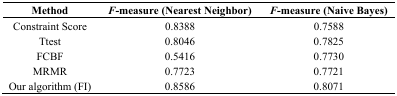
| Method | F-measure (Nearest Neighbor) | F-measure (Naive Bayes) |
 | --- | --- | --- |
 | Constraint Score | 0.8388 | 0.7588 |
 | Ttest | 0.8046 | 0.7825 |
 | FCBF | 0.5416 | 0.7730 |
 | MRMR | 0.7723 | 0.7721 |
 | Our algorithm (FI) | 0.8586 | 0.8071 |